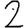
Digit: 2